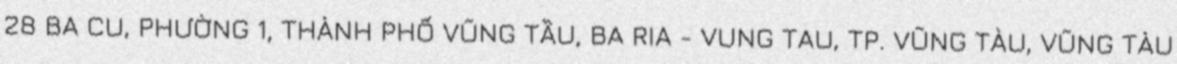
28 BA CU, PHƯỜNG 1, THÀNH PHỐ VŨNG TẦU, BA RIA - VUNG TAU, TP. VŨNG TÀU, VŨNG TÀU